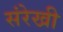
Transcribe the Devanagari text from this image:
संरेखी